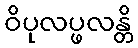
ဝိပုလပ္ဖလန္တိ